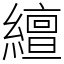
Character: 繵